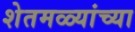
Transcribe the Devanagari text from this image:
शेतमळ्यांच्या